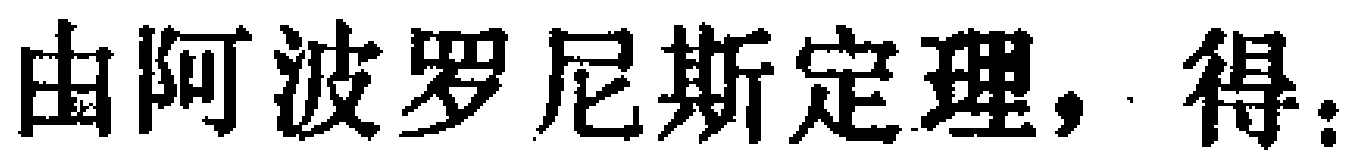
由阿波罗尼斯定理，得：